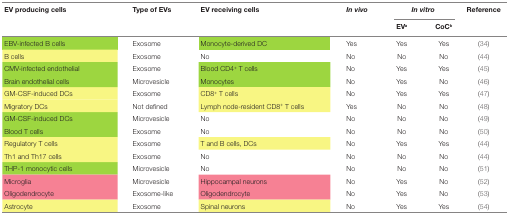
<table><thead><tr><td rowspan="2"><b>EV producing cells</b></td><td rowspan="2"><b>Type of EVs</b></td><td rowspan="2"><b>EV receiving cells</b></td><td rowspan="2"><b><i>In vivo</i></b></td><td colspan="2"><b><i>In vitro</i></b></td><td rowspan="2"><b>Reference</b></td></tr><tr><td><b>EV<sup>a</sup></b></td><td><b>CoC<sup>b</sup></b></td></tr></thead><tbody><tr><td>EBV-infected B cells</td><td>Exosome</td><td>Monocyte-derived DC</td><td>Yes</td><td>Yes</td><td>Yes</td><td>(34)</td></tr><tr><td>B cells</td><td>Exosome</td><td>No</td><td>No</td><td>No</td><td>No</td><td>(44)</td></tr><tr><td>CMV-infected endothelial</td><td>Exosome</td><td>Blood CD4<sup>+</sup> T cells</td><td>No</td><td>Yes</td><td>Yes</td><td>(45)</td></tr><tr><td>Brain endothelial cells</td><td>Microvesicle</td><td>Monocytes</td><td>No</td><td>Yes</td><td>No</td><td>(46)</td></tr><tr><td>GM-CSF-induced DCs</td><td>Exosome</td><td>CD8<sup>+</sup> T cells</td><td>No</td><td>Yes</td><td>Yes</td><td>(47)</td></tr><tr><td>Migratory DCs</td><td>Not defined</td><td>Lymph node-resident CD8<sup>+</sup> T cells</td><td>Yes</td><td>No</td><td>No</td><td>(48)</td></tr><tr><td>GM-CSF-induced DCs</td><td>Microvesicle</td><td>No</td><td>No</td><td>No</td><td>No</td><td>(49)</td></tr><tr><td>Blood T cells</td><td>Exosome</td><td>No</td><td>No</td><td>No</td><td>No</td><td>(50)</td></tr><tr><td>Regulatory T cells</td><td>Exosome</td><td>T and B cells, DCs</td><td>No</td><td>Yes</td><td>Yes</td><td>(44)</td></tr><tr><td>Th1 and Th17 cells</td><td>Exosome</td><td>No</td><td>No</td><td>No</td><td>No</td><td>(44)</td></tr><tr><td>THP-1 monocytic cells</td><td>Microvesicle</td><td>No</td><td>No</td><td>No</td><td>No</td><td>(51)</td></tr><tr><td>Microglia</td><td>Microvesicle</td><td>Hippocampal neurons</td><td>No</td><td>Yes</td><td>No</td><td>(52)</td></tr><tr><td>Oligodendrocyte</td><td>Exosome-like</td><td>Oligodendrocyte</td><td>No</td><td>Yes</td><td>No</td><td>(53)</td></tr><tr><td>Astrocyte</td><td>Exosome</td><td>Spinal neurons</td><td>No</td><td>Yes</td><td>Yes</td><td>(54)</td></tr></tbody></table>